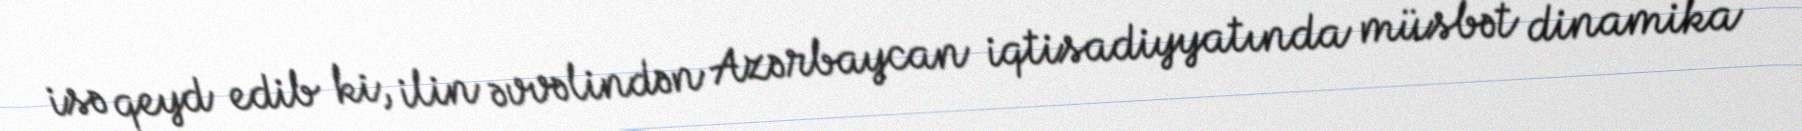
isə qeyd edib ki, ilin əvvəlindən Azərbaycan iqtisadiyyatında müsbət dinamika